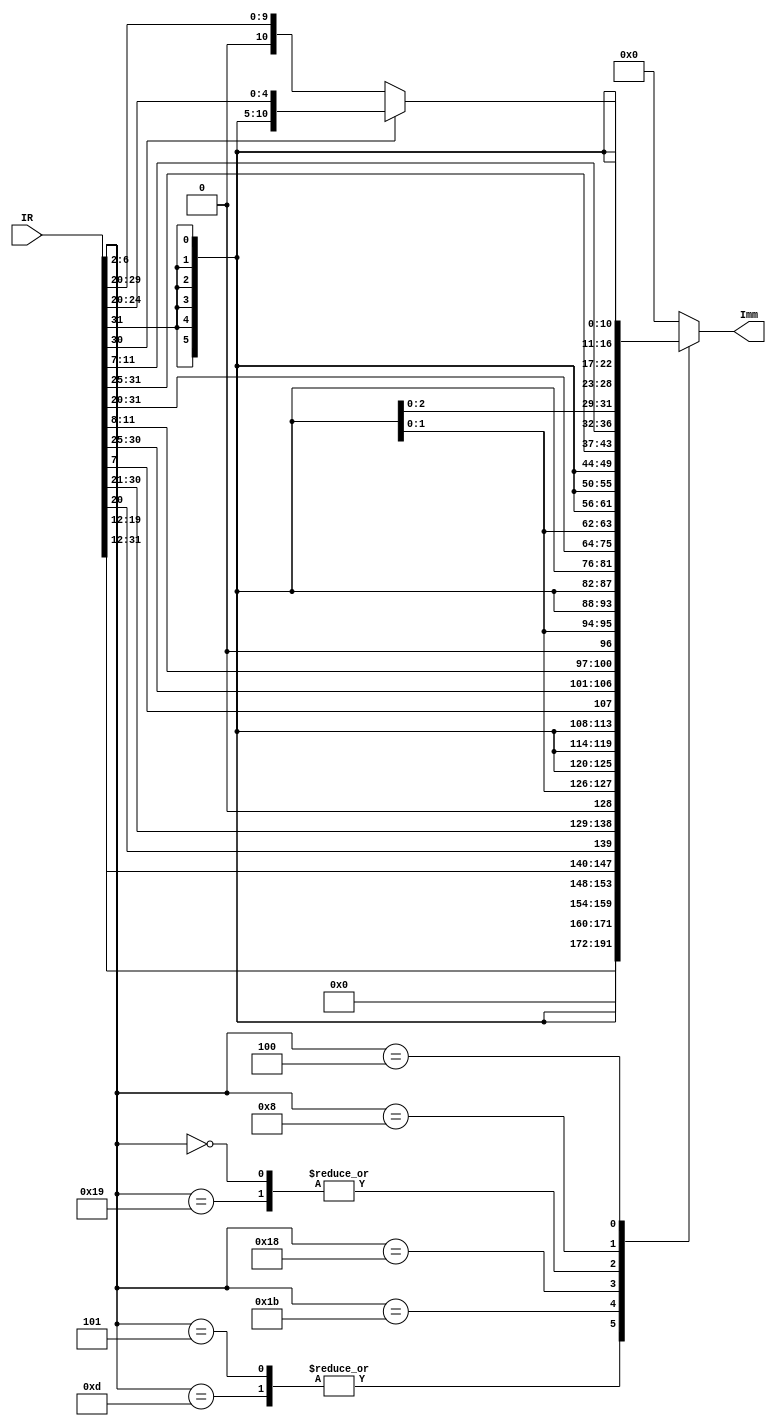
module ImmGen(
    input  wire [31:0]  IR,
    output reg  [31:0]  Imm
);

wire [4:0] opcode = IR[6:2];

always @(*) begin
    case (opcode)
        5'b01101:     //LUI
		      Imm = { IR[31], IR[30:20], IR[19:12], 12'b0 };
		5'b00101:     //AUIPC
		      Imm = { IR[31], IR[30:20], IR[19:12], 12'b0 };
		5'b11011 :    //JAL
		      Imm = { {12{IR[31]}}, IR[19:12], IR[20], IR[30:21], 1'b0 };
		5'b11001 :    //JALR
		      Imm = { {20{IR[31]}}, IR[31:20]};
		5'b11000 :   //BRANCH
	          Imm = { {20{IR[31]}}, IR[7], IR[30:25], IR[11:8], 1'b0};
	    5'b00000 :   //LOAD
	          Imm = { {20{IR[31]}}, IR[31:20]};
	    5'b01000 :   //STORE
              Imm = { {20{IR[31]}}, IR[31:25], IR[11:7]};
        5'b00100 :   //FU IMM 
	       if(IR[30])
		      Imm = { {27{IR[31]}}, IR[24:20]};
		   else
		      Imm = { {20{IR[31]}}, IR[31:20]};		      
		default : Imm = 32'b0; // FU IMM
	endcase 
end

endmodule